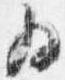
為